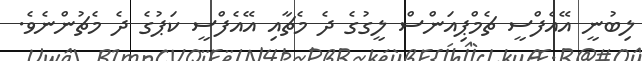
ލިބުނީ އޭއެފްސީ ޗެމްޕިއަންސް ލީގުގެ ދެ މެޗާއި އޭއެފްސީ ކަޕުގެ ދެ މެޗުންނެވެ.